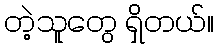
တဲ့သူတွေ ရှိတယ်။